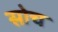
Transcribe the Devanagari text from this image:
सोच